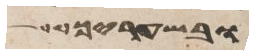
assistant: ובשעריך